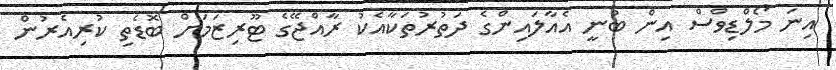
އިނަ މޯލްޑިވްސް އިން ބުނީ އެއާލައިންގެ ދަތުރުތަކާއެކު ރާއްޖޭގެ ޓޫރިޒަމަށް ބޮޑެތި ކުރިއެރުން